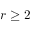
r \geq 2